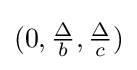
(0,{\tfrac {\Delta }{b}},{\tfrac {\Delta }{c}})